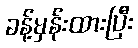
ခန့်မှန်းထားပြီး